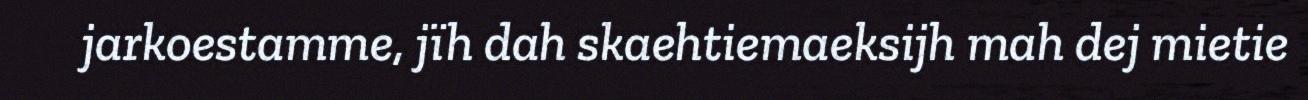
jarkoestamme, jïh dah skaehtiemaeksijh mah dej mietie